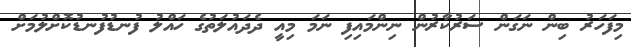
މިފަހަރު ބިން ނަގަން ސަރުކާރުން ނިންމައިފި ނަމަ މިއީ ދެދައުލަތުގެ ހައްލު ފުނޑުފުނޑުކޮށްލުމަށް